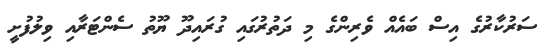
ސަރުކާރުގެ އިސް ބައެއް ވެރިންގެ މި ދަތުރުގައި ގުރައިދޫ ޔޫތު ސެންޓަރާއި ވިލުފުށީ